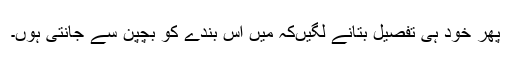
پھر خود ہی تفصیل بتانے لگیں‌کہ میں اس بندے کو بچپن سے جانتی ہوں۔